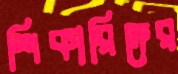
শিকারিদের